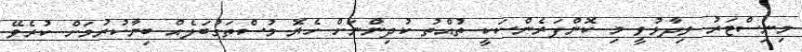
މިނިސްޓަރު ވިދާޅުވީ މި ކޮންފަރެންސަކީ ތުއްތު ކުދިންނަށް ހެޔޮ މުސްތަގުބަލެއް ބިނާކުރުމަށް ކުރެވޭ